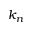
k _ { n }